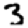
Digit: 3